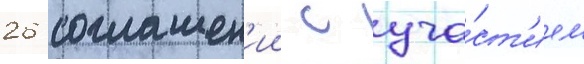
26 соглашен'ии с уча́ст'ием